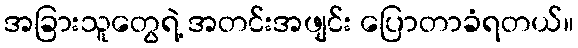
အခြားသူတွေရဲ့ အတင်းအဖျင်း ပြောတာခံရတယ်။